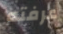
عرفته